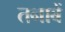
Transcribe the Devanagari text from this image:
तनाबें